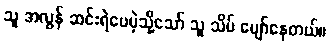
သူ အလွန် ဆင်းရဲပေမဲ့သို့သော် သူ သိပ် ပျော်နေတယ်။